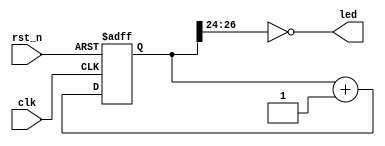
module top
(
    input        clk,
    input        rst_n,
    output [2:0] led
);

    reg [31:0] cnt;
    
    always @ (posedge clk or negedge rst_n)
        if (! rst_n)
            cnt <= 0;
        else
            cnt <= cnt + 1;

    assign led = ~ cnt [27:24];

endmodule